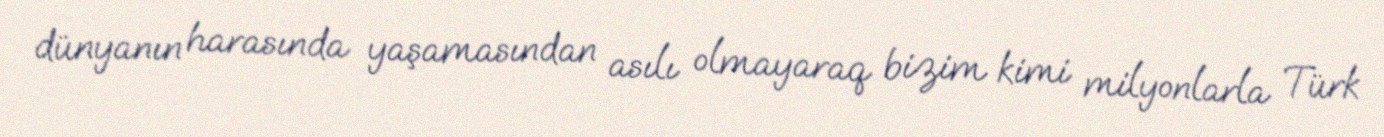
dünyanın harasında yaşamasından asılı olmayaraq bizim kimi milyonlarla Türk